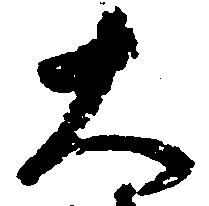
大